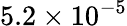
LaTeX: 5.2\times 10^{-5}